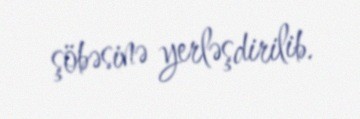
şöbəsinə yerləşdirilib.